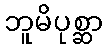
ဘူမိပုစ္ဆာ